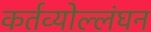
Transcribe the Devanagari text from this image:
कर्तव्योल्लंघन